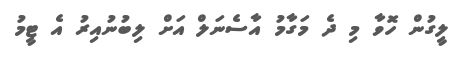
ލީގުން ހޮވާ މި ދެ މަގާމު އާސެނަލް އަށް ލިބުނުއިރު އެ ޓީމު